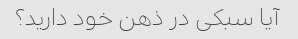
آیا سبکی در ذهن خود دارید؟